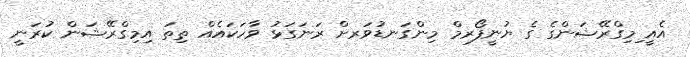
އެއީ ިމިގްރޭޝަންގެ ގެ ޔުނީފޯރމް މިންގަނޑުވަރށް ރަނަގަޅު ވާހަކައެއް ތިތަ އިމިގްރޭޝަން ކުރަނީ